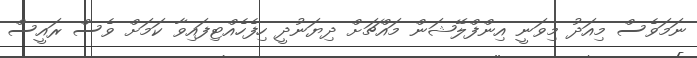
ނަމަވެސް މިއަދު މިވަނީ އިންފްލޭޝަން މައްޗަށް ދިޔަނުދީ ހިފެހެއްޓިފައިވާ ކަމަށް ވެސް ރައީސް